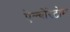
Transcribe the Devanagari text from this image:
ऐल्बोरेटोम